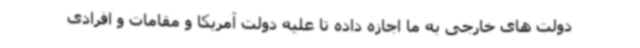
دولت های خارجی به ما اجازه داده تا علیه دولت آمریکا و مقامات و افرادی